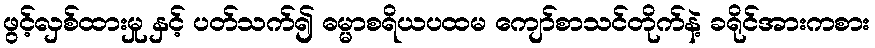
ဖွင့်လှစ်ထားမှု နှင့် ပတ်သက်၍ ဓမ္မာစရိယပထမ ကျော်စာသင်တိုက်နဲ့ ခရိုင်အားကစား